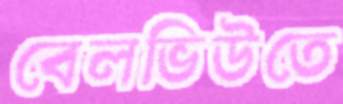
বেলভিউতে